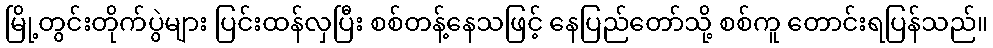
မြို့တွင်းတိုက်ပွဲများ ပြင်းထန်လှပြီး စစ်တန့်နေသဖြင့် နေပြည်တော်သို့ စစ်ကူ တောင်းရပြန်သည်။